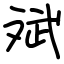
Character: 斌